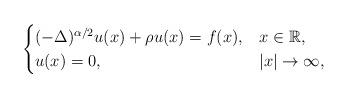
LaTeX: \begin{align*}\begin{cases}(-\Delta)^{\alpha/2}u(x) +\rho u(x) = f(x), &x\in\mathbb{R},\\ u(x)=0,&|x| \to \infty, \end{cases}\end{align*}